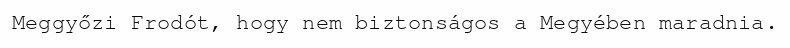
Meggyőzi Frodót, hogy nem biztonságos a Megyében maradnia.